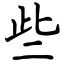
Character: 些